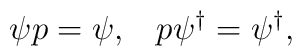
\psi p =\psi,\;\;\; p \psi^\dagger =\psi^\dagger,